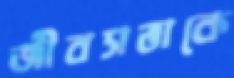
জীবসত্তাকে